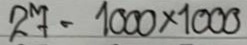
27 = 1000 x 1000